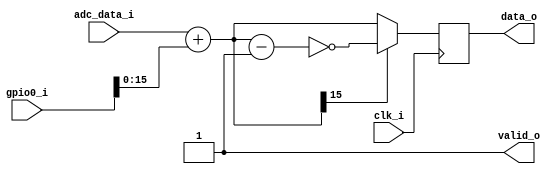
//////////////////////////////////////////////////////////////////////////////////
// Institute: Photonics Laboratory, ETH
//////////////////////////////////////////////////////////////////////////////////

module Abs_verilog #
    (
    parameter integer data_width = 16
    )
    (
    // offset value contained in the data_width LSB of GPIO
    input wire [31:0] gpio0_i,
    
    // two's complement 16 bits signed inter
    input wire [data_width-1:0] adc_data_i,
    
    input wire clk_i,
    
    output wire [data_width-1:0] data_o,
    output wire valid_o
    );
    
    wire [data_width-1:0] offset;
    
    // for internal manipulation
    wire [data_width-1:0] data;
    reg [data_width-1:0] data_d = 0;
    reg [data_width-1:0] data_q = 0;
    reg [data_width-1:0] sum = 0;
    
    // synchronization
    wire i_clk;
    reg valid = 0;
    
    // wiring components
    assign i_clk = clk_i;
    assign offset = gpio0_i[data_width-1:0];
    assign data = adc_data_i;
    assign data_o = data_q;
    assign valid_o = valid;
    
    always @(data) begin
        valid = 0;
        sum = data + offset;
        data_d = (sum[data_width-1] & 1) ? (~(sum-1)) : (sum);
        valid = 1;
    end
    
    always @(posedge i_clk) begin
        data_q <= data_d;
    end
    
endmodule